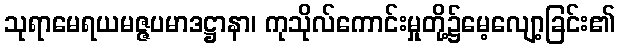
သုရာမေရယမဇ္ဇပမာဒဋ္ဌာနာ၊ ကုသိုလ်ကောင်းမှုတို့၌မေ့လျော့ခြင်း၏